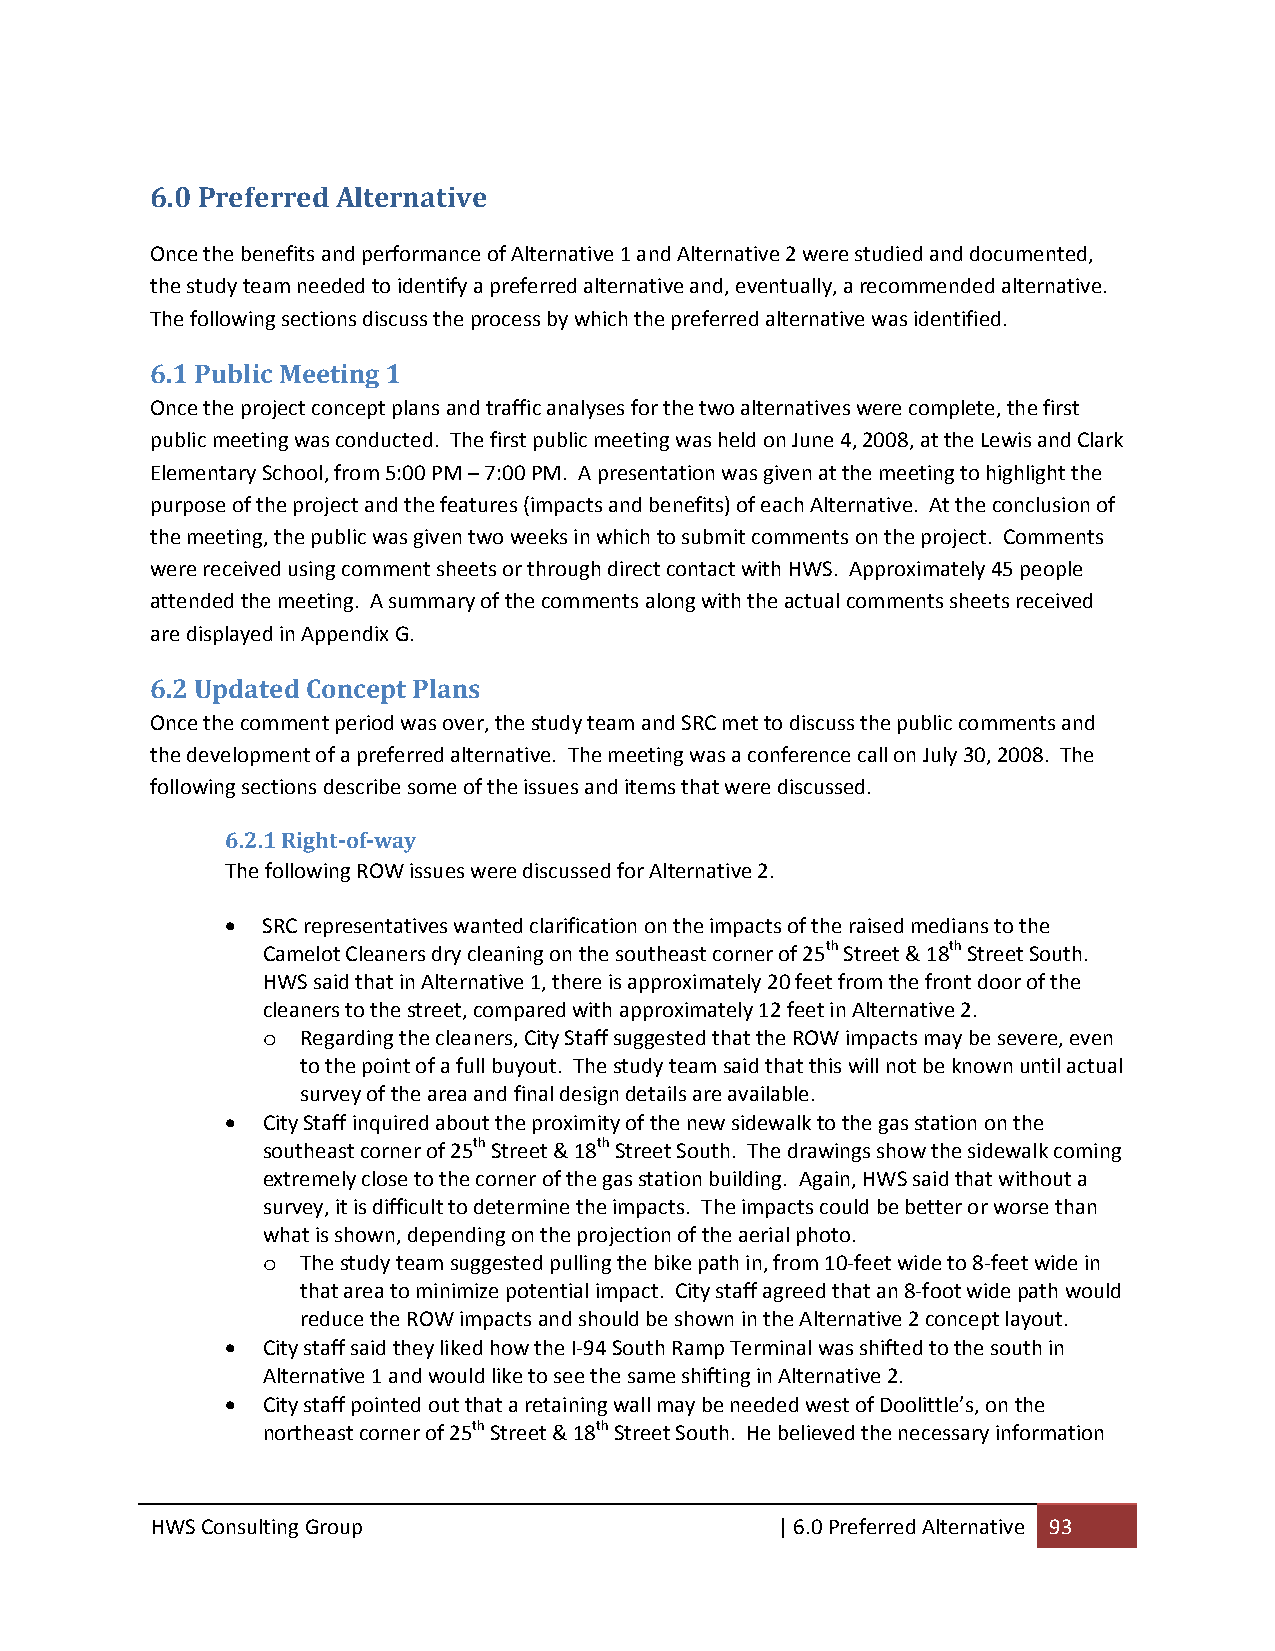
6.0 Preferred Alternative
 Once the benefits and performance of Alternative 1 and Alternative 2 were studied and documented,
 the study team needed to identify a preferred alternative and, eventually, a recommended alternative.
 The following sections discuss the process by which the preferred alternative was identified.
 6.1 Public Meeting 1
 Once the project concept plans and traffic analyses for the two alternatives were complete, the first
 public meeting was conducted. The first public meeting was held on June 4, 2008, at the Lewis and Clark
 Elementary School, from 5:00 PM – 7:00 PM. A presentation was given at the meeting to highlight the
 purpose of the project and the features (impacts and benefits) of each Alternative. At the conclusion of
 the meeting, the public was given two weeks in which to submit comments on the project. Comments
 were received using comment sheets or through direct contact with HWS. Approximately 45 people
 attended the meeting. A summary of the comments along with the actual comments sheets received
 are displayed in Appendix G.
 6.2 Updated Concept Plans
 Once the comment period was over, the study team and SRC met to discuss the public comments and
 the development of a preferred alternative. The meeting was a conference call on July 30, 2008. The
 following sections describe some of the issues and items that were discussed.
 6.2.1 Right­of­way
 The following ROW issues were discussed for Alternative 2.
  SRC representatives wanted clarification on the impacts of the raised medians to the
 Camelot Cleaners dry cleaning on the southeast corner of 25th Street & 18th Street South.
 HWS said that in Alternative 1, there is approximately 20 feet from the front door of the
 cleaners to the street, compared with approximately 12 feet in Alternative 2.
 o  Regarding the cleaners, City Staff suggested that the ROW impacts may be severe, even
 to the point of a full buyout. The study team said that this will not be known until actual
 survey of the area and final design details are available.
  City Staff inquired about the proximity of the new sidewalk to the gas station on the
 southeast corner of 25th Street & 18th Street South. The drawings show the sidewalk coming
 extremely close to the corner of the gas station building. Again, HWS said that without a
 survey, it is difficult to determine the impacts. The impacts could be better or worse than
 what is shown, depending on the projection of the aerial photo.
 o  The study team suggested pulling the bike path in, from 10‐feet wide to 8‐feet wide in
 that area to minimize potential impact. City staff agreed that an 8‐foot wide path would
 reduce the ROW impacts and should be shown in the Alternative 2 concept layout.
  City staff said they liked how the I‐94 South Ramp Terminal was shifted to the south in
 Alternative 1 and would like to see the same shifting in Alternative 2.
  City staff pointed out that a retaining wall may be needed west of Doolittle’s, on the
 northeast corner of 25th Street & 18th Street South. He believed the necessary information
 HWS Consulting Group                     | 6.0 Preferred Alternative 93